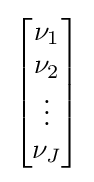
{\begin{bmatrix}\nu _{1}\\\nu _{2}\\\vdots \\\nu _{J}\end{bmatrix}}